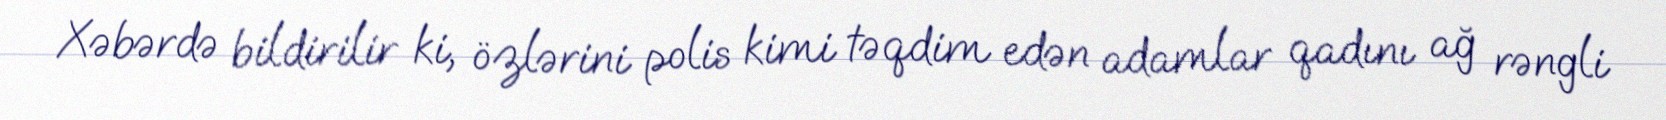
Xəbərdə bildirilir ki, özlərini polis kimi təqdim edən adamlar qadını ağ rəngli